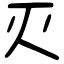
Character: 灭